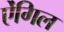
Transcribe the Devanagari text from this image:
ऐंगिल